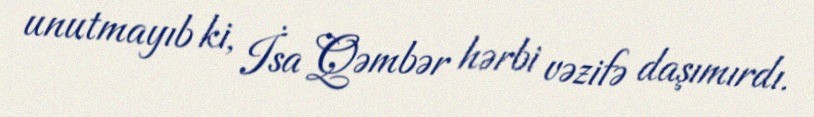
unutmayıb ki, İsa Qəmbər hərbi vəzifə daşımırdı.